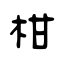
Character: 柑